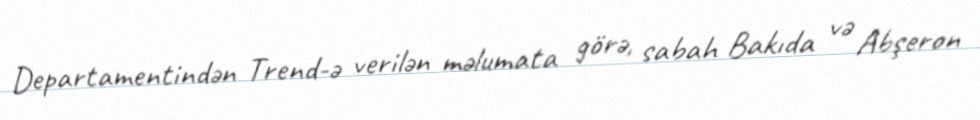
Departamentindən Trend-ə verilən məlumata görə, sabah Bakıda və Abşeron